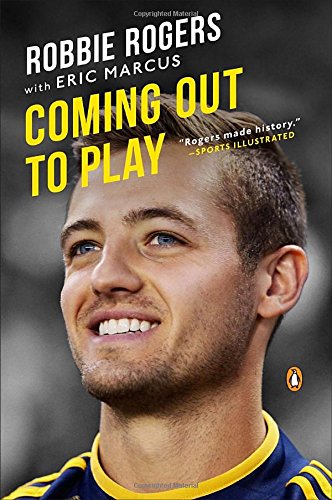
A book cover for Coming Out to Play; Robbie Rogers; Gay & Lesbian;